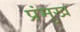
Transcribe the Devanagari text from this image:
प्रंमुख